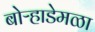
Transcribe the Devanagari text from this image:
बोऱ्हाडेमळा